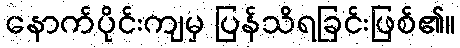
နောက်ပိုင်းကျမှ ပြန်သိရခြင်းဖြစ်၏။